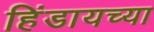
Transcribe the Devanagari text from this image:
हिंडायच्या